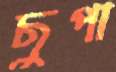
ছুপা